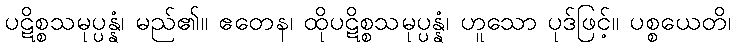
ပဋိစ္စသမုပ္ပန္နံ၊ မည်၏။ ဧတေန၊ ထိုပဋိစ္စသမုပ္ပန္နံ၊ ဟူသော ပုဒ်ဖြင့်။ ပစ္စယေတိ၊